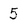
Character: 5